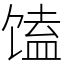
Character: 馌